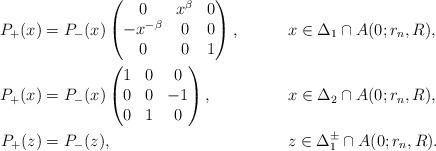
LaTeX: \begin{align*} P_{+}(x) &= P_{-}(x) \begin{pmatrix} 0 & x^\beta & 0\\ -x^{-\beta} & 0 & 0\\ 0 & 0 & 1\end{pmatrix},&& x\in\Delta_{1}\cap A(0; r_n, R), \\P_{+}(x) &= P_{-}(x) \begin{pmatrix} 1 & 0 & 0\\ 0 & 0 & -1\\ 0 & 1 & 0\end{pmatrix}, && x\in\Delta_{2}\cap A(0; r_n, R), \\P_+(z) & = P_-(z), && z \in \Delta_1^{\pm} \cap A(0; r_n, R).\end{align*}